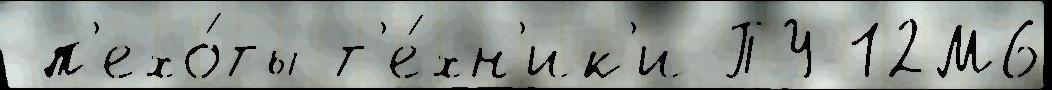
 п'ехо́ты т'е́хн'ик'и ПУ-12М6